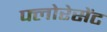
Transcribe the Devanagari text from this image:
फ्लोरेसेंट